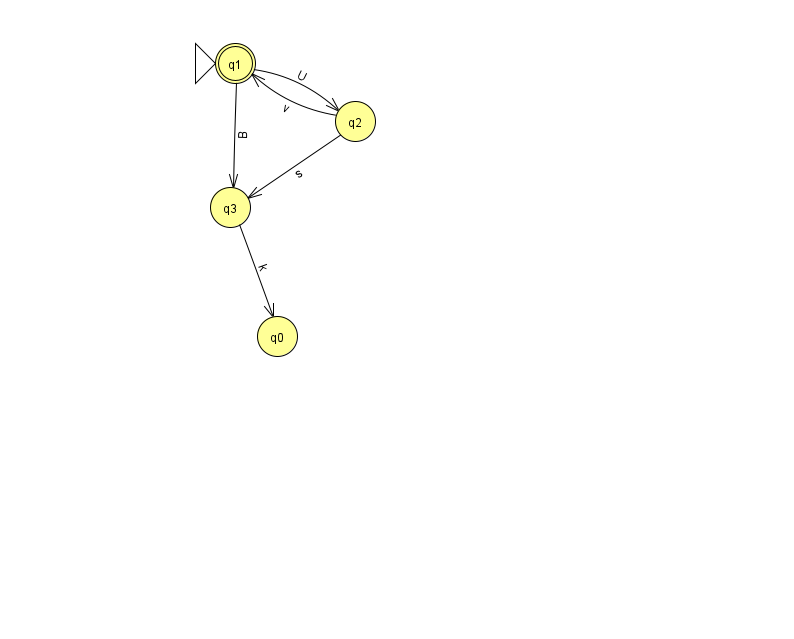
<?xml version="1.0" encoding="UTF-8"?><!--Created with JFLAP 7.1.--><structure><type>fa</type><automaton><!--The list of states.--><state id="0" name="q0"><x>277.0</x><y>323.0</y></state><state id="1" name="q1"><x>235.0</x><y>50.0</y><initial/><final/></state><state id="2" name="q2"><x>355.0</x><y>108.0</y></state><state id="3" name="q3"><x>230.0</x><y>194.0</y></state><!--The list of transitions.--><transition><from>1</from><to>3</to><read>B</read></transition><transition><from>2</from><to>3</to><read>s</read></transition><transition><from>3</from><to>0</to><read>k</read></transition><transition><from>1</from><to>2</to><read>U</read></transition><transition><from>2</from><to>1</to><read>v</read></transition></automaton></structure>